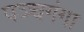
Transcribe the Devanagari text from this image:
पञ्चगंगा